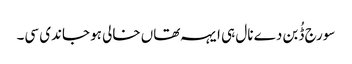
سورج ڈُبن دے نال ہی ایہہ تھاں خالی ہو جاندی سی۔